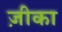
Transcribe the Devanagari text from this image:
ज़ीका